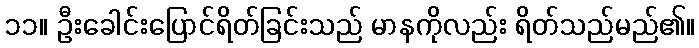
၁၁။ ဦးခေါင်းပြောင်ရိတ်ခြင်းသည် မာနကိုလည်း ရိတ်သည်မည်၏။